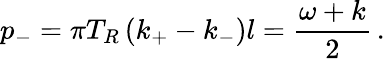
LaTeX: p_{-}=\pi T_{R}\left(k_{+}-k_{-}\right)l={\frac{\omega+k}{2}}\, .